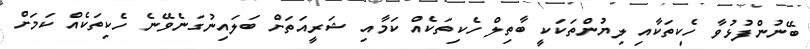
ބޭނުންފުޅުވާ ހެކިތަކާއި ލިޔުންތަކަކީ ބާތިލް ހެކިތަކެއް ކަމާއި ޝަރީއަތަށް ބަލައިނުގަނެވޭނެ ހެކިތަކެއް ކަަމަށް